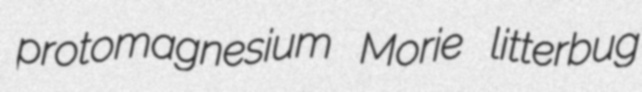
protomagnesium Morie litterbug